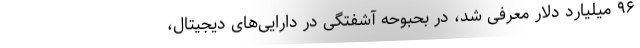
۹۶ میلیارد دلار معرفی شد، در بحبوحه آشفتگی در دارایی‌های دیجیتال،